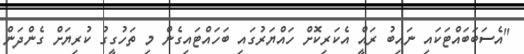
"އެސަބަބައްޓަކައި ނައިބު ރައީް އެކަރިކޮށް ހައްޔަރުގައި ބަހައްޓައިގެން މި ތަހުގީގު ކުރިޔަށް ގެންދަން